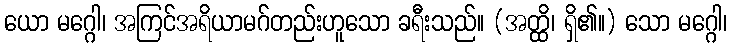
ယော မဂ္ဂေါ၊ အကြင်အရိယာမဂ်တည်းဟူသော ခရီးသည်။ (အတ္ထိ၊ ရှိ၏။) သော မဂ္ဂေါ၊